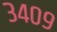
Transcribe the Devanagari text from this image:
३४०९